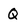
Character: Q